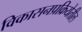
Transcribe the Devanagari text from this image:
विकासनप्रक्रियेतील